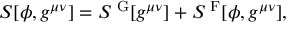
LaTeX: S [ \phi , g ^ { \mu \nu } ] = S ^ { \mathrm { { \tiny ~ G } } } [ g ^ { \mu \nu } ] + S ^ { \mathrm { { \tiny ~ F } } } [ \phi , g ^ { \mu \nu } ] ,